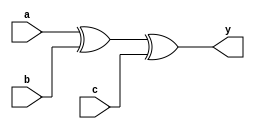
module tri_xor3(
   y,
   a,
   b,
   c
);
   parameter                      WIDTH = 1;
   parameter                      BTR = "XOR2_X2M_NONE";  //Specify full BTR name, else let tool select
   output [0:WIDTH-1]  y;
   input [0:WIDTH-1]   a;
   input [0:WIDTH-1]   b;
   input [0:WIDTH-1]   c;
   genvar 	       i;

   generate
      begin : t
	 for (i = 0; i < WIDTH; i = i + 1)
	   begin : w

	      xor I0(y[i], a[i], b[i], c[i]);

	   end // block: w
      end

   endgenerate
endmodule